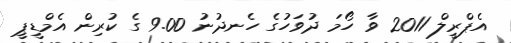
އެޕްރީލް 2011 ވާ ހޯމަ ދުވަހުގެ ހެނދުނު 9.00 ގެ ކުރިން އެމްޑީޕީ